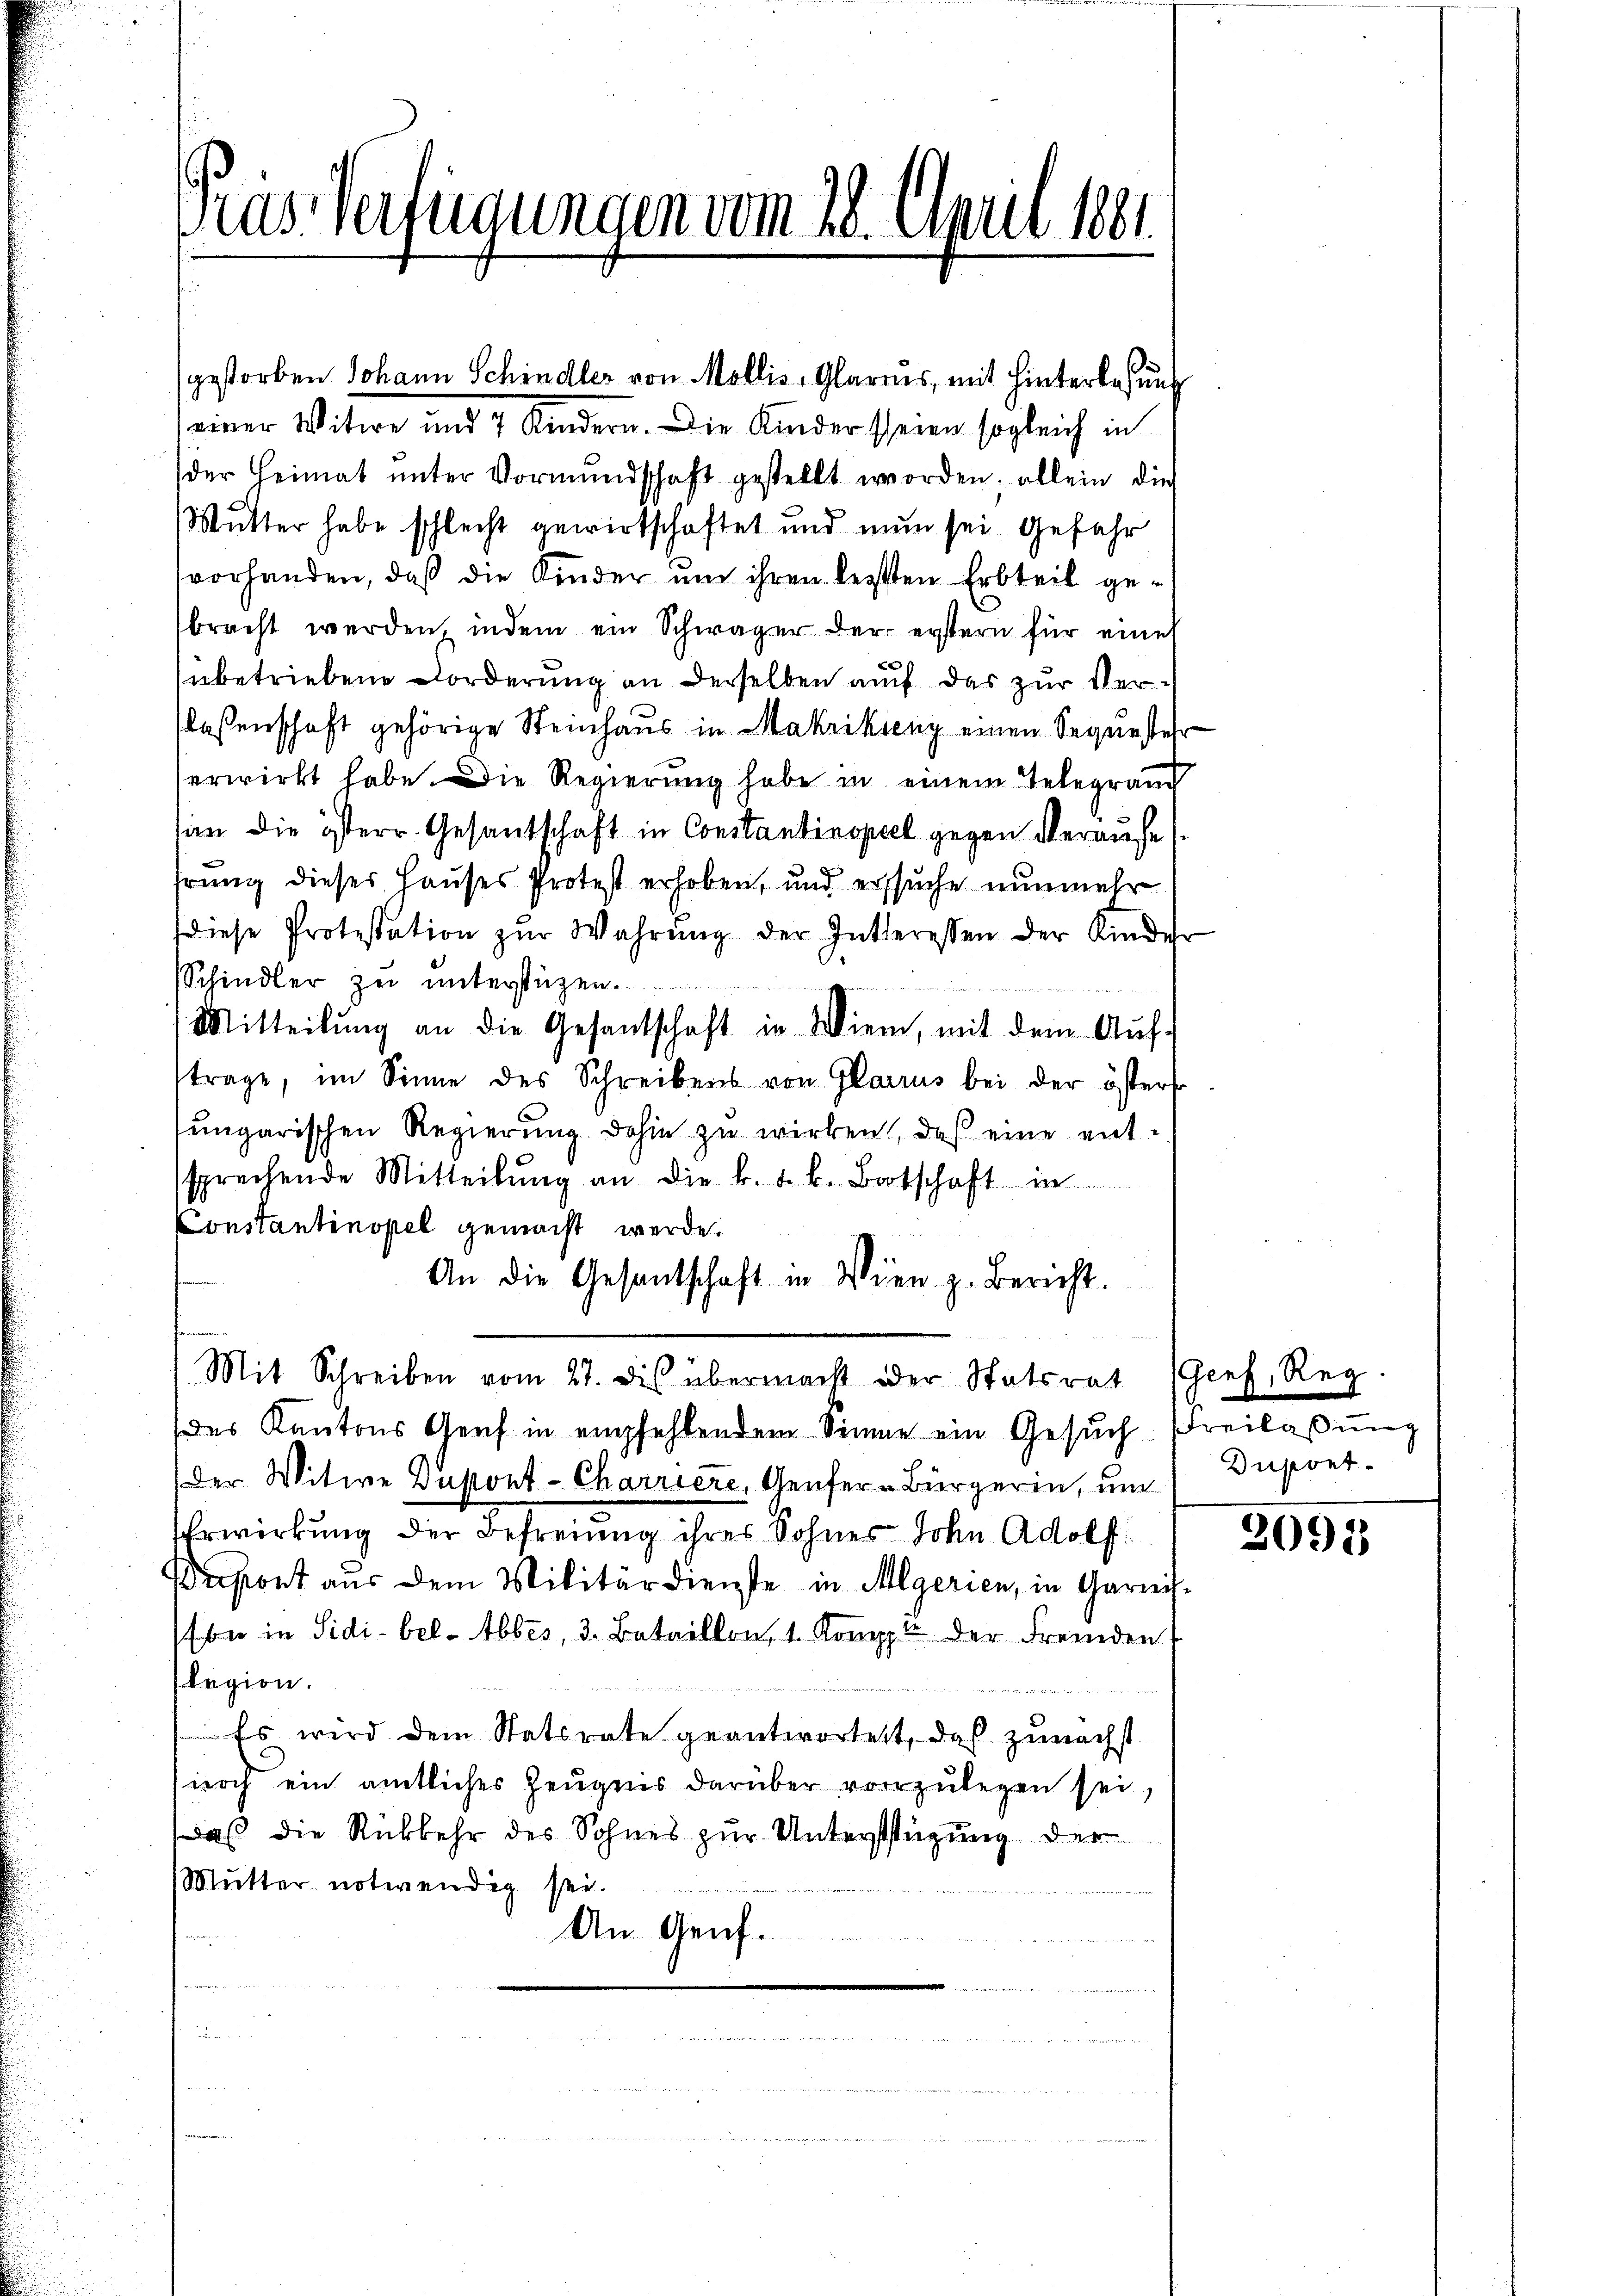
as verfügungen vom 28. April 1881.

gestorben Johann Schindler von Mollis, Glarnes, mit Hinterlesung
einer Witwe und 4 Kindern. Die Kinder seien sogleich in
der Heimat unter Vormundschaft gestellt worden, allein dies
Mutter habe schlecht gewirtschaftet und nun sei Gefahr
vorhanden, daß die Kinder um ihren lezten Erbteil gebracht werden, indem ein Schwäger der erstern für eine
nbetriebene Forderung an derselben auf das zur Verslassenschaft gehörige Steinhaus in Makrikieny einen Sequester
erwirkt habe. Die Regierung habe in einem Telegrauch
san die österr. Gesantschaft in Constantinopel gegen Veraufe
hrung dieses Hauses Protest erhoben, und ersuche nunmehr
diese Protestation zŭr Wahrŭng der Interessen der Kinder
Schindler zu unterstüzen.
Mitteilŭng an die Gesandschaft in Wiern, mit dem Auf-
trage, im Sinne des Schreibens von Glarius bei der österst
ungarischen Regierung dahin zu wirken, daß eine entsprechende Mitteilŭng an die k. k. k. Botschaft in
Constantinopel gemacht werde.
An die Gesantschaft in Wien z. Bericht.
Mit Schreiben vom 27. dis übermacht oder Statsrat (Genf, Reg.
des Kantons Genf in empfehlendem Sinne ein Gesuch Freilassung
Der Witwe Dupont-Charriere, Genfer-Bürgerin, um
Erwirkung der Befreiung ihres Sohnes Sohn Adolf
asont aus dem Militärdienste in Algerien, in Garnis-
be in Sidi-bel. Abbes, 3. Bataillon, 1. Komp. der Fremden
legion.
 Es wird dem Statsrate geantwortet, daß zunächst
noch ein amtliches Zeugnis darüber vorzulegen sei,
daß die Rückkehr des Sohnes zur Unterfügung der
Mutter notwendig sei.
An Genf.
t
a

Dupont

2095